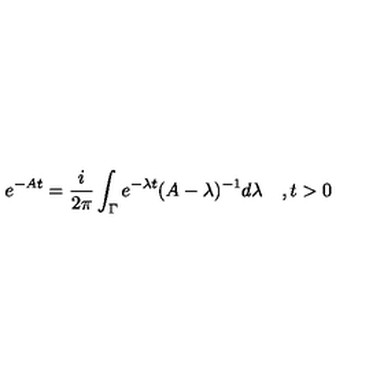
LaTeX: e ^ { - A t } = \frac { i } { 2 \pi } \int _ { \Gamma } e ^ { - \lambda t } ( A - \lambda ) ^ { - 1 } d \lambda \quad , t > 0